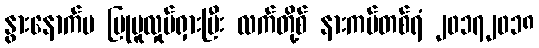
နွားနောက်မ ပြုမူလှုပ်ရှားပြီး လက်တို့စ် နားကပ်တစ်ရံ ၂၀၁၇၂၀၁၈